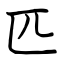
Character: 匹